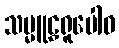
သမ္မူဠှရူပေါဝ